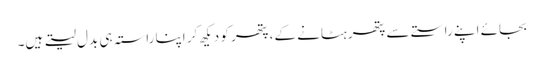
بجائے اپنے راستے سے پتھر ہٹانے کے، پتھر کو دیکھ کر اپنا راستہ ہی بدل لیتے ہیں۔